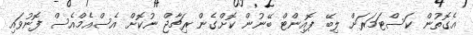
އެގޮތުން ކަސްޓަމަރަށް ލިބޭ ޕޮއިންޓް ބޭނުން ކޮށްގެން ރިޗާޖް ނުކޮށް އެސްއެމްއެސް ފޮނުވައި